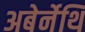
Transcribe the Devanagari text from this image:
अबेर्नेथि